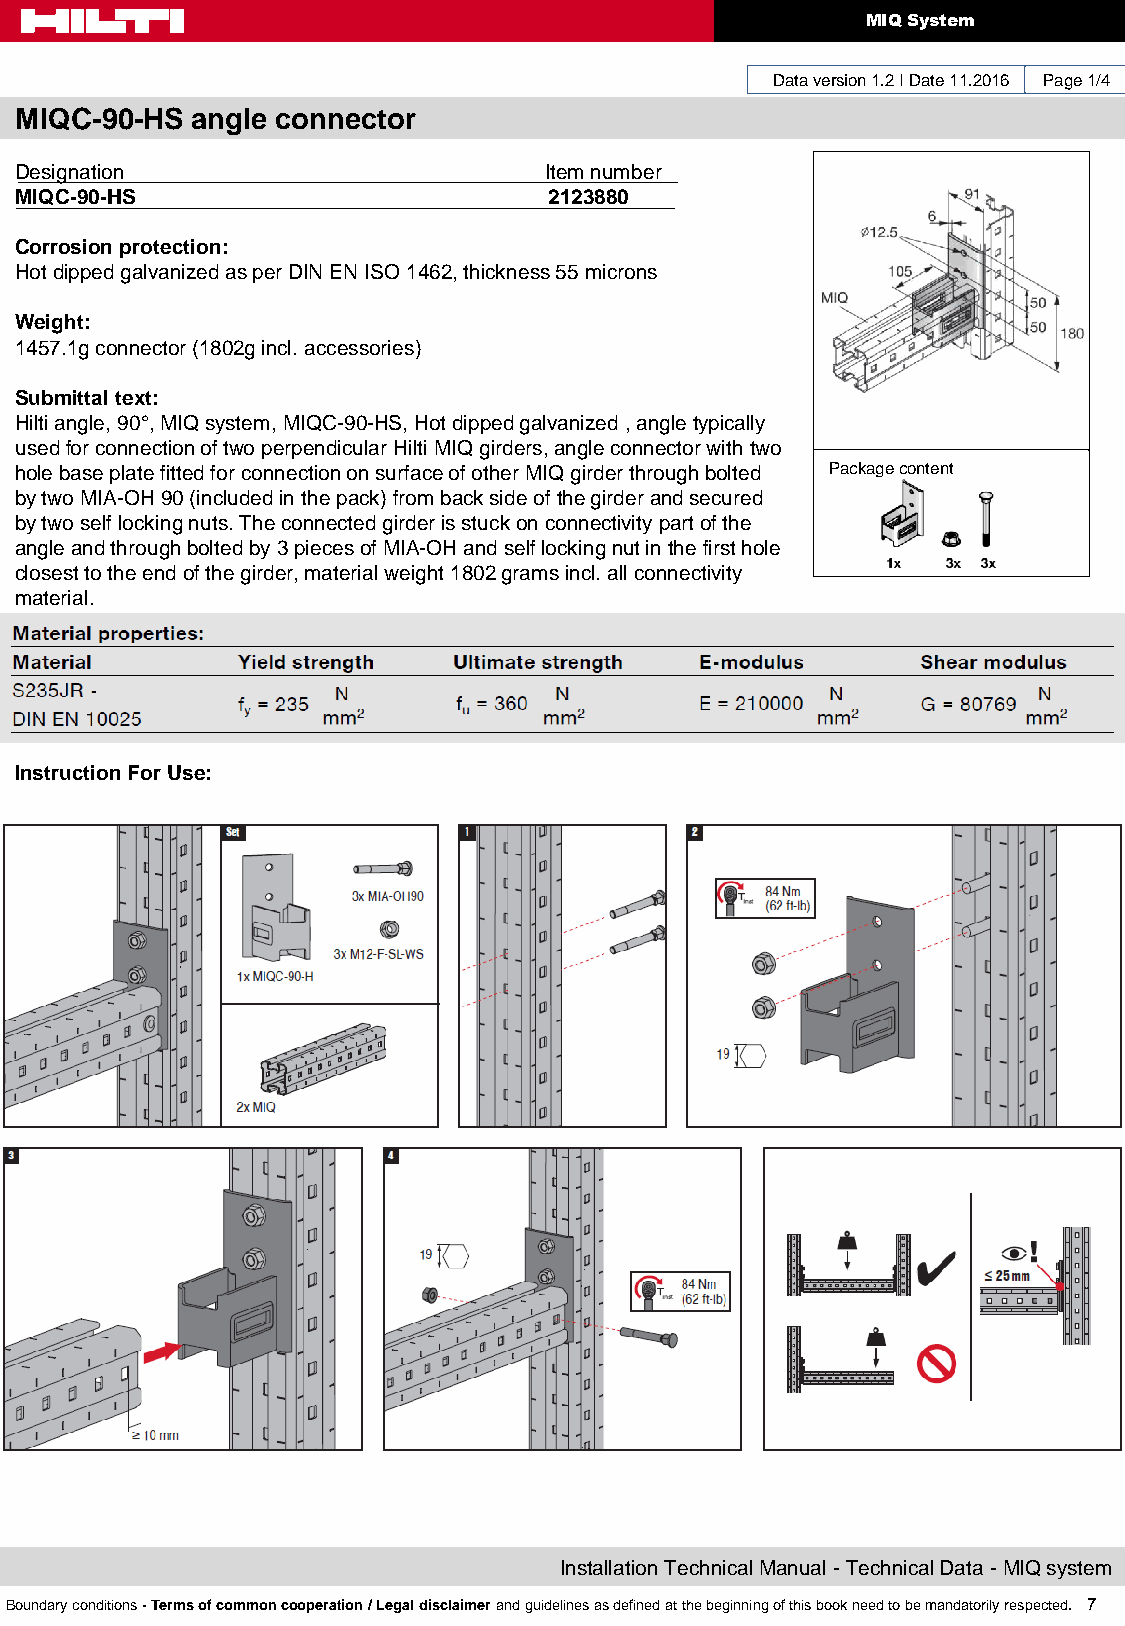
MIQ System
 Data version 1.2 I Date 11.2016 Page 1/4
 MIQC-90-HS  angle connector
 Designation                        Item number
 MIQC-90-HS                         2123880
 Corrosion protection:
 Hot dipped galvanized as per DIN EN ISO 1462, thickness 55 microns
 Weight:
 1457.1g connector (1802g incl. accessories)
 Submittal text:
 Hilti angle, 90°, MIQ system, MIQC-90-HS, Hot dipped galvanized , angle typically
 used for connection of two perpendicular Hilti MIQ girders, angle connector with two
 hole base plate fitted for connection on surface of other MIQ girder through bolted Package content
 by two MIA-OH 90 (included in the pack) from back side of the girder and secured
 by two self locking nuts. The connected girder is stuck on connectivity part of the
 angle and through bolted by 3 pieces of MIA-OH and self locking nut in the first hole
 closest to the end of the girder, material weight 1802 grams incl. all connectivity
 material.
 Instruction For Use:
 Installation Technical Manual - Technical Data - MIQ system
 Boundary conditions - Terms of common cooperation / Legal disclaimer and guidelines as defined at the beginning of this book need to be mandatorily respected. 7